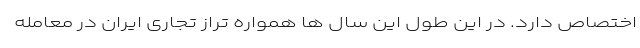
اختصاص دارد. در این طول این سال ها همواره تراز تجاری ایران در معامله